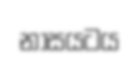
නාසයටය